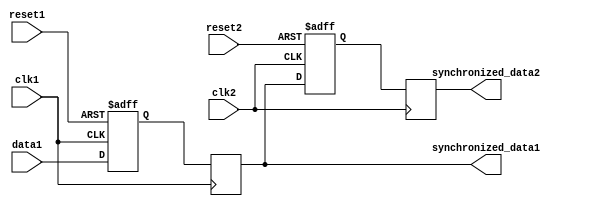
module Synchronizer (
    input wire clk1,        // Clock signal for domain 1
    input wire reset1,      // Reset signal for domain 1
    input wire data1,       // Data signal from domain 1
    output reg synchronized_data1,  // Synchronized data signal for domain 1

    input wire clk2,        // Clock signal for domain 2
    input wire reset2,      // Reset signal for domain 2
    output reg synchronized_data2  // Synchronized data signal for domain 2
);

reg internal_data1, internal_data2, reset_synced1, reset_synced2;

always @(posedge clk1 or posedge reset1) begin
    if (reset1) begin
        internal_data1 <= 1'b0;
    end else begin
        internal_data1 <= data1;
    end
end

always @(posedge clk2 or posedge reset2) begin
    if (reset2) begin
        internal_data2 <= 1'b0;
    end else begin
        internal_data2 <= synchronized_data1;
    end
end

always @(posedge clk1) begin
    synchronized_data1 <= internal_data1;
end

always @(posedge clk2) begin
    synchronized_data2 <= internal_data2;
end

always @(*) begin
    if (reset1) begin
        reset_synced1 = 1'b1;
    end else begin
        reset_synced1 = 1'b0;
    end

    if (reset2) begin
        reset_synced2 = 1'b1;
    end else begin
        reset_synced2 = 1'b0;
    end
end

endmodule